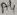
Text: A4